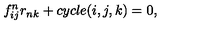
f _ { i j } ^ { n } r _ { n k } + c y c l e ( i , j , k ) = 0 ,